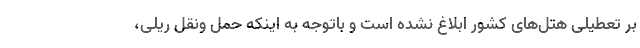
بر تعطیلی هتل‌های کشور ابلاغ نشده است و باتوجه به اینکه حمل ونقل ریلی،